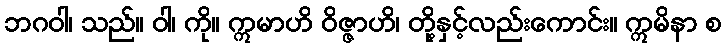
ဘဂဝါ၊ သည်။ ဝါ၊ ကို။ ဣမာဟိ ဝိဇ္ဇာဟိ၊ တို့နှင့်လည်းကောင်း။ ဣမိနာ စ